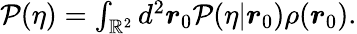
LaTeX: \begin{array}{r}{\mathcal{P}(\eta)=\int_{\mathbb{R}^{2}}d^{2}\boldsymbol{r}_{0}\mathcal{P}(\eta|\boldsymbol{r}_{0})\rho(\boldsymbol{r}_{0}).}\end{array}